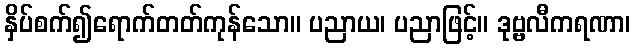
နှိပ်စက်၍ရောက်တတ်ကုန်သော။ ပညာယ၊ ပညာဖြင့်။ ဒုဗ္ဗလီကရဏာ၊